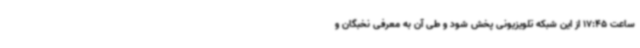
ساعت 17:45 از این شبکه تلویزیونی پخش شود و طی آن به معرفی نخبگان و